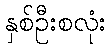
နှစ်ဦးစလုံး